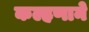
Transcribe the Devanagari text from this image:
कल्हणाने